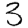
Digit: 3